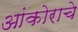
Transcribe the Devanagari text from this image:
आंकोराचे